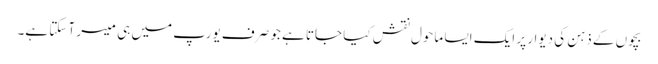
بچوں کے ذہن کی دیوار پر ایک ایسا ماحول نقش کیا جاتا ہے جو صرف یورپ میں ہی میسر آ سکتا ہے۔